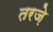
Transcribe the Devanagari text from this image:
तरज़े